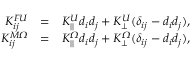
\begin{array} { r l r } { K _ { i j } ^ { F U } } & { = } & { K _ { | | } ^ { U } d _ { i } d _ { j } + K _ { \perp } ^ { U } ( \delta _ { i j } - d _ { i } d _ { j } ) , } \\ { K _ { i j } ^ { M \itOmega } } & { = } & { K _ { | | } ^ { \itOmega } d _ { i } d _ { j } + K _ { \perp } ^ { \itOmega } ( \delta _ { i j } - d _ { i } d _ { j } ) , } \end{array}